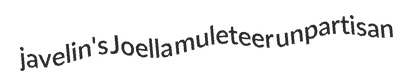
javelin's Joella muleteer unpartisan